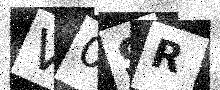
Text: V0SR